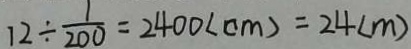
1 2 \div \frac { 1 } { 2 0 0 } = 2 4 0 0 ( c m ) = 2 4 ( m )